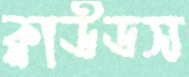
ক্লাউডস